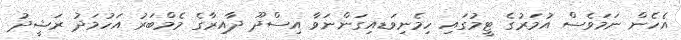
އެހެން ނަމަވެސް އުމަރުގެ ޓީމުގައި ހިމެނިވަޑއިގަންނަވާ އިސްދޫ ދާއިރާގެ މެމްބަރު އަހުމަދު ރަޝީދު